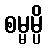
စမ္မမ္ပိ